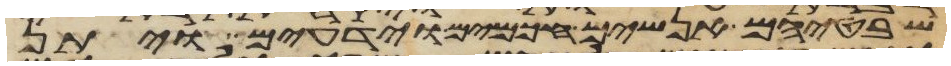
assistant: שבטיהם אנשים חכמים וידעים ויתן